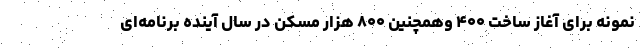
نمونه برای آغاز ساخت ۴۰۰ وهمچنین ۸۰۰ هزار مسکن در سال آینده برنامه‌ای